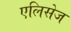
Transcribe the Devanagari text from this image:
एलिसेज